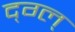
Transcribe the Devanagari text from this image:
द्ग्ल्